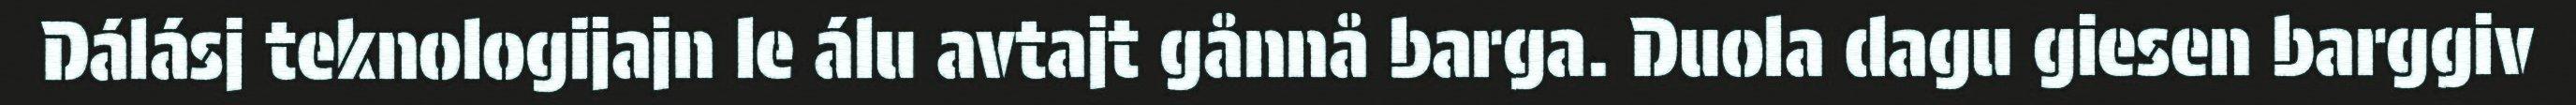
Dálásj teknologijajn le álu avtajt gånnå barga. Duola dagu giesen barggiv